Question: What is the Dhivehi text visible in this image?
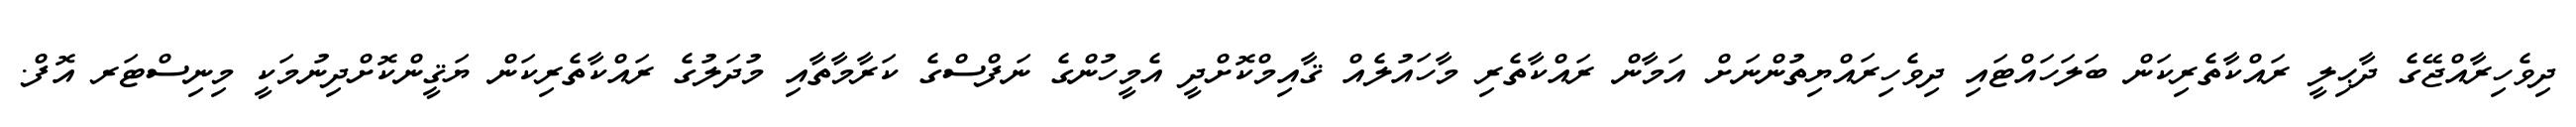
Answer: ދިވެހިރާއްޖޭގެ ދާޙިލީ ރައްކާތެރިކަން ބަލަހައްޓައި ދިވެހިރައްޔިތުންނަށް އަމާން ރައްކާތެރި މާހައުލެއް ޤާއިމްކޮށްދީ އެމީހުންގެ ނަފްސްގެ ކަރާމާތާއި މުދަލުގެ ރައްކާތެރިކަން ޔަޤީންކޮށްދިނުމަކީ މިނިސްޓަރ އޮފް.